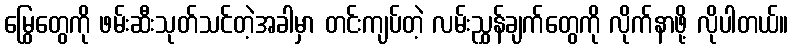
မြွေတွေကို ဖမ်းဆီးသုတ်သင်တဲ့အခါမှာ တင်းကျပ်တဲ့ လမ်းညွှန်ချက်တွေကို လိုက်နာဖို့ လိုပါတယ်။